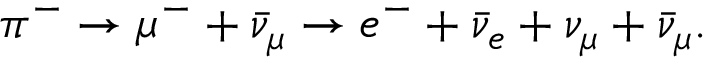
\pi ^ { - } \to \mu ^ { - } + \bar { \nu } _ { \mu } \to e ^ { - } + \bar { \nu } _ { e } + \nu _ { \mu } + \bar { \nu } _ { \mu } .